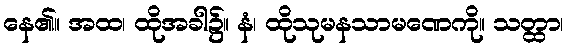
နေ၏။ အထ၊ ထိုအခါ၌။ နံ၊ ထိုသုမနသာမဏေကို။ သတ္ထာ၊